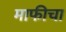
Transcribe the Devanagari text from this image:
माफीचा